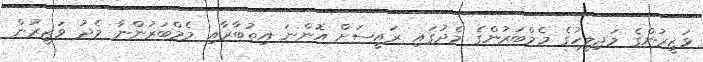
ވަޒީރުންގެ މަޖިލީހުގެ މެމްބަރުންގެ މެދުގައި ރައީސަށް އޮންނަ އިތުބާރާއި މެމްބަރުންނާ މެދު ވަޒީރުން